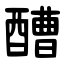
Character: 醩